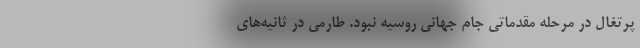
پرتغال در مرحله مقدماتی جام جهانی روسیه نبود. طارمی در ثانیه‌های